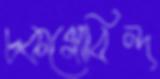
চকগোবিন্দ